Vaccination Hyderabad 1890-1903 - 1890-1903
Year: 1890
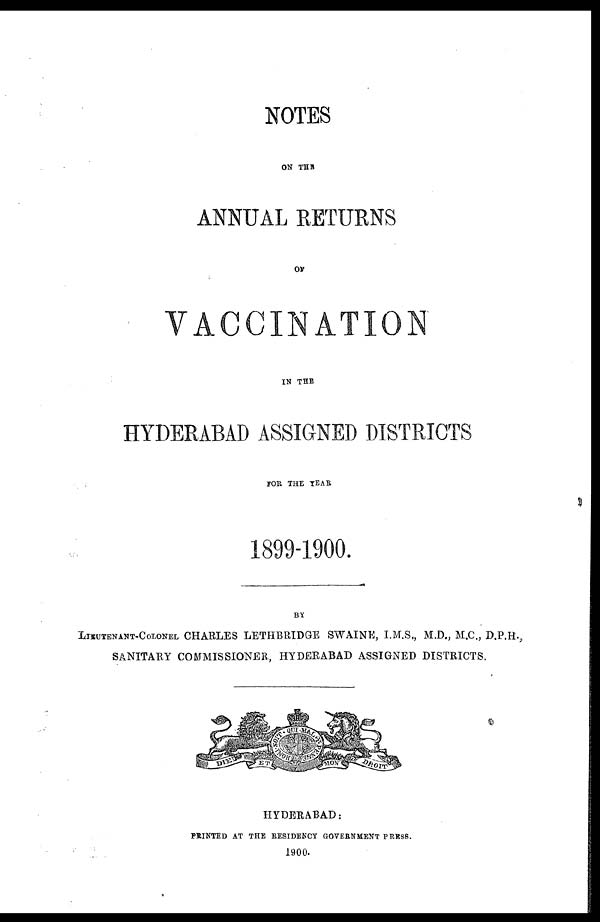
NOTES
ON THE
ANNUAL RETURNS
OF
VACCINATION
IN THE
HYDERABAD ASSIGNED DISTRICTS
FOR THE YEAR
1899-1900.
BY
LIEUTENANT-COLONEL CHARLES LETHBRIDGE SWAINE, I.M.S., M.D., M.C., D.P.H.,
SANITARY COMMISSIONER, HYDERABAD ASSIGNED DISTRICTS.
HYDERABAD:
PRINTED AT THE RESIDENCY GOVERNMENT PRESS.
1900.